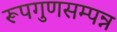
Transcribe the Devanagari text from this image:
रूपगुणसम्पन्न